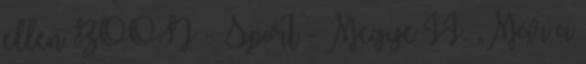
ellen BOON - Sport - Megye II. „Már a